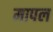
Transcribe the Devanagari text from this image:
मापल